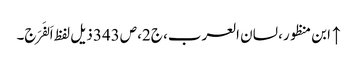
↑ ابن منظور، لسان العرب، ج2، ص343 ذیل لفظ اَلفَرَج۔